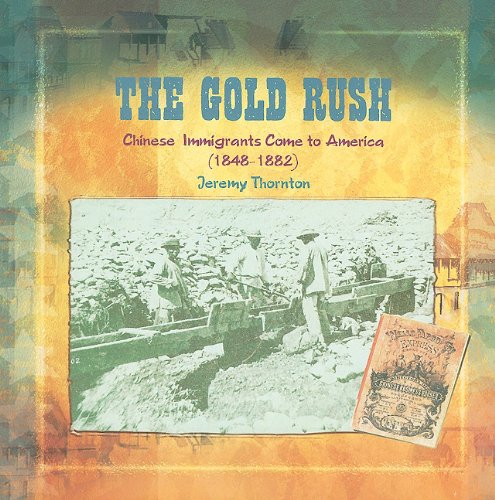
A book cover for The Gold Rush: Chinese Immigrants Come to America (1848-1882) (Primary Sources of Immigration and Migration in America); Jeremy Thornton; Children's Books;